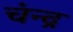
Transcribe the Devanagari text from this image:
चंन्द्र